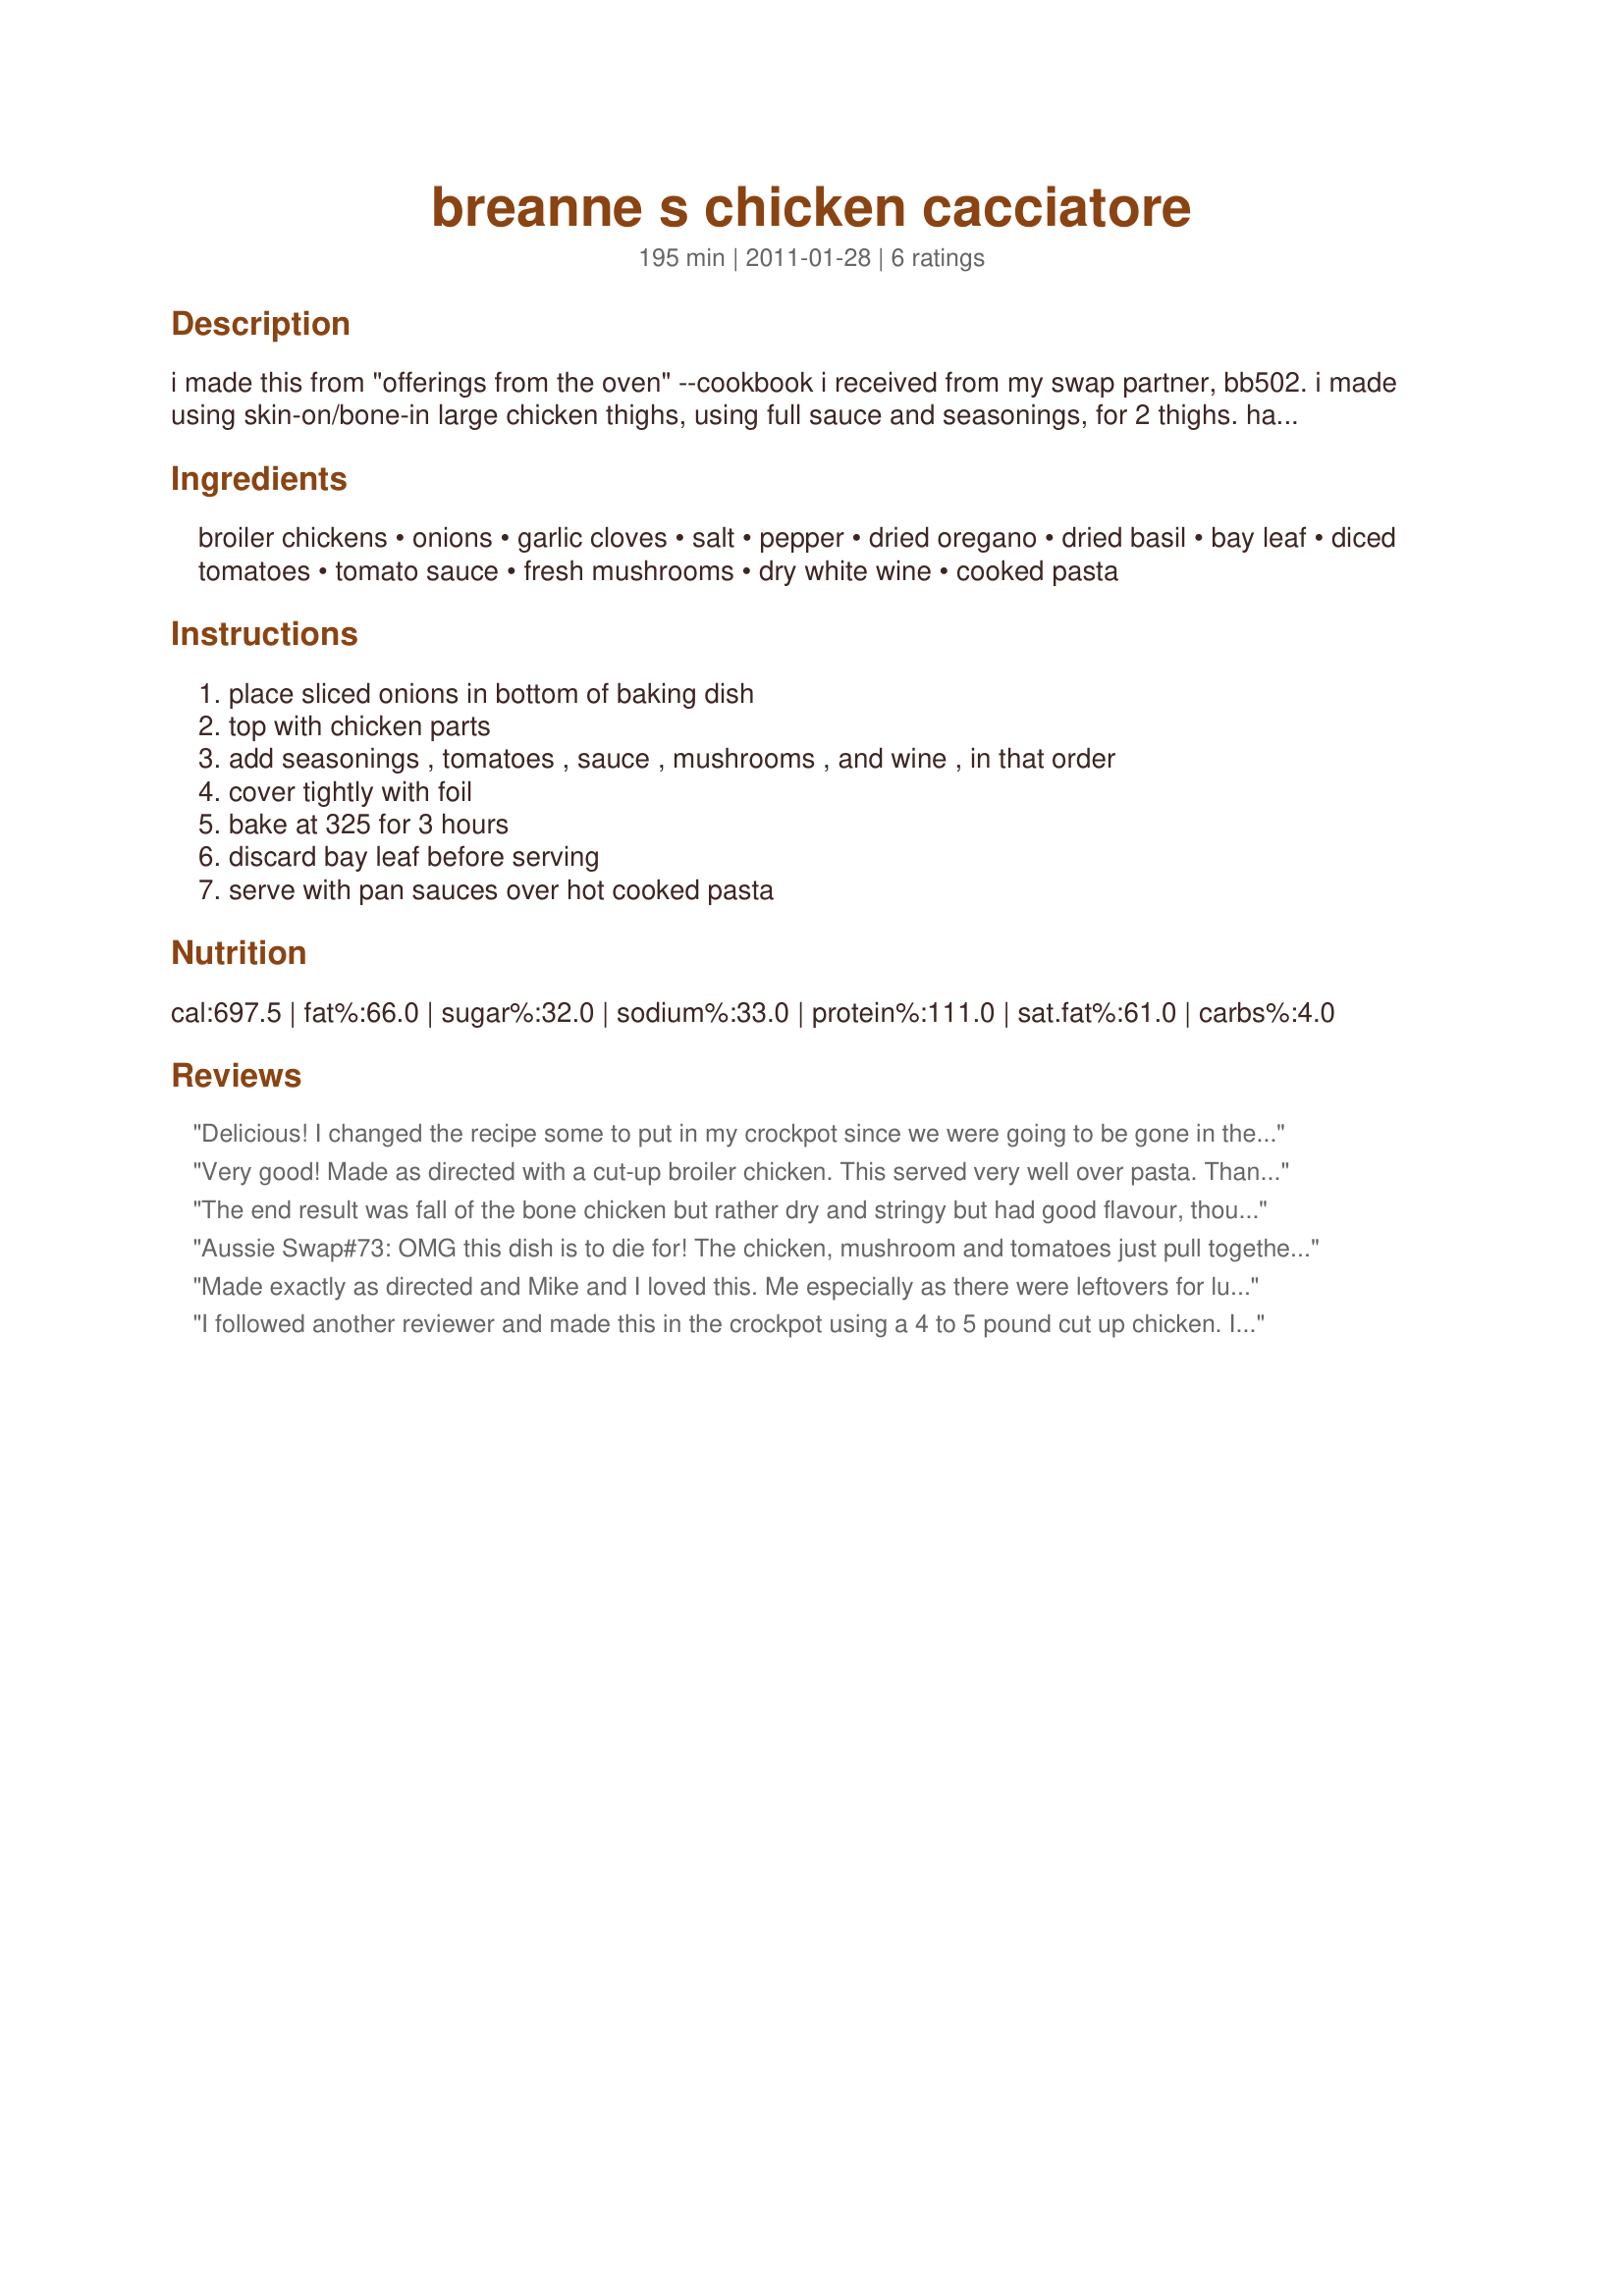
breanne s chicken cacciatore
Preparation time: 195 minutes

i made this from "offerings from the oven" --cookbook i received from my swap partner, bb502. i made using skin-on/bone-in large chicken thighs, using full sauce and seasonings, for 2 thighs. having 3+ hours time in the oven, reminded me of an old "i hate to cook book" recipe, made frequently when we were first married. chicken is done to falling off the bone, served with penne.

Ingredients:
broiler chickens, onions, garlic cloves, salt, pepper, dried oregano, dried basil, bay leaf, diced tomatoes, tomato sauce, fresh mushrooms, dry white wine, cooked pasta

Steps:
place sliced onions in bottom of baking dish, top with chicken parts, add seasonings , tomatoes , sauce , mushrooms , and wine , in that order, cover tightly with foil, bake at 325 for 3 hours, discard bay leaf before serving, serve with pan sauces over hot cooked pasta

Reviews:
Delicious! I changed the recipe some to put in my crockpot since we were going to be gone in the afternoon. I seasoned chicken thighs with about 1 tsp. of onion powder, garlic powder, oregano, basil and about 1/4 tsp. salt and pepper. I then browned them in a skillet and put them in my crockpot on top of the onions, garlic, mushrooms, and some sliced bell pepper (I needed to use up). Toppped everything with the mixed seasonings, tomatoes, sauce and wine. Fabulous! Next time I will make this as instructed. Thank you for submitting the recipe. Made for New Kids on the Block tag game.
Very good! Made as directed with a cut-up broiler chicken. This served very well over pasta. Thanks, NurseJaney! Made for Aussie Kiwi Recipe Swap #61.
The end result was fall of the bone chicken but rather dry and stringy but had good flavour, though part of the problem here could have been it is just about impossible to get broiler chicken in Australia (only roasting chickens) so would definately cut the cooking time back to about 2 hours - I used a 1.5K chicken and quartered it and followed the recipe as written (thinking doing such large cuts the 3 hours would be o'kay but not to be though did omit the onion due to intolerance issues), would definately try again but cut the time back to hours, I cooked at 150C fan forced oven. Thank you NurseJaney, made for Aussie/Kiwi Recipe Swap #59 December 2011.
Aussie Swap#73: OMG this dish is to die for! The chicken, mushroom and tomatoes just pull together wonderfully in this dish for a great dinner!
Made exactly as directed and Mike and I loved this. Me especially as there were leftovers for lunch the next day for both of us. I made this at the lake and was concerned as the oven cooks higher but no problems. I used a Pinot Grigio for the wine and YUM it added just a hint of flavor that chicken stock would otherwise not do. Used fresh veggies from the garden and farmer&#039;s market. Topped off dinner with a glass of wine, a baguette, Irish butter, and a pat on the tummy. Loved this Janey and saving to make a regular during fall and winter to be served over some noodles or rice. Made for AusNZ Swap Aug 2013
I followed another reviewer and made this in the crockpot using a 4 to 5 pound cut up chicken. I omitted the white wine/broth since I was using a slow cooker. I would have liked the sauce to be a little thicker and might consider adding some tomato paste next time around. The meat fell off the bones. Maybe due to the slow cooker method the end product needed a little spicing up. For the leftovers I sauteed some additional onion slices and mushrooms and added in some Italian seasoning. This was served on top of gluten free penne and garnished with freshly grated Parmesan and fresh basil. Made for Aussie Swap.
